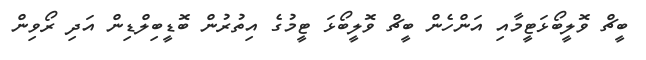
ބީޗް ވޮލީބޯޅަޓީމާއި އަންހެން ބީޗް ވޮލީބޯޅަ ޓީމުގެ އިތުރުން ބޮޑީބިލްޑިން އަދި ރޯވިން